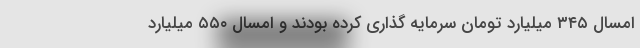
امسال ۳۴۵ میلیارد تومان سرمایه گذاری کرده بودند و امسال ۵۵۰ میلیارد